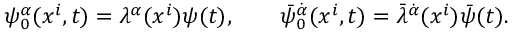
\psi _ { 0 } ^ { \alpha } ( x ^ { i } , t ) = \lambda ^ { \alpha } ( x ^ { i } ) \psi ( t ) , \qquad \bar { \psi } _ { 0 } ^ { \dot { \alpha } } ( x ^ { i } , t ) = \bar { \lambda } ^ { \dot { \alpha } } ( x ^ { i } ) \bar { \psi } ( t ) .